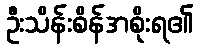
ဦးသိန်းစိန်အစိုးရ၏